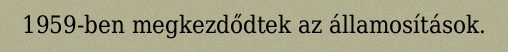
1959-ben megkezdődtek az államosítások.